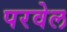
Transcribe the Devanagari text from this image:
परवेल